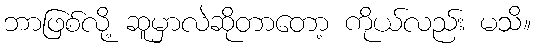
ဘာဖြစ်လို့ ဆူမှာလဲဆိုတာတော့ ကိုယ်လည်း မသိ။